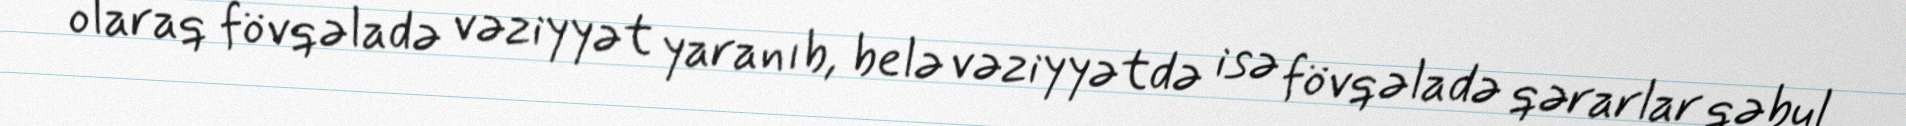
olaraq fövqəladə vəziyyət yaranıb, belə vəziyyətdə isə fövqəladə qərarlar qəbul